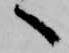
へ